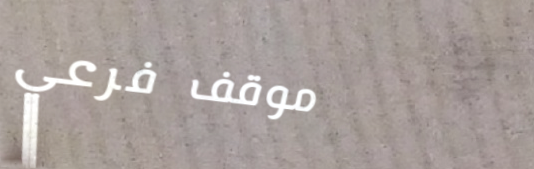
موقف فرعي